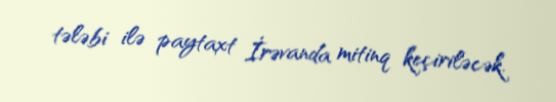
tələbi ilə paytaxt İrəvanda mitinq keçiriləcək.